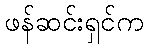
ဖန်ဆင်းရှင်က